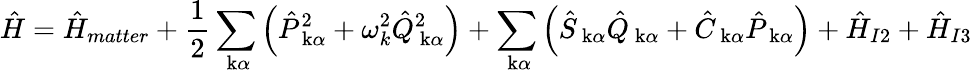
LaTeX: \hat{H}=\hat{H}_{matter}+\frac{1}{2}\sum_{\mathrm{\mathbf~k}\alpha}\left(\hat{P}_{\mathrm{\mathbf~k}\alpha}^{2}+\omega_{k}^{2}\hat{Q}_{\mathrm{\mathbf~k}\alpha}^{2}\right)+\sum_{\mathrm{\mathbf~k}\alpha}\left(\hat{S}_{\mathrm{\mathbf~k}\alpha}\hat{Q}_{\mathrm{\mathbf~k}\alpha}+\hat{C}_{\mathrm{\mathbf~k}\alpha}\hat{P}_{\mathrm{\mathbf~k}\alpha}\right)+\hat{H}_{I2}+\hat{H}_{I3}